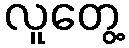
လူတွေ့